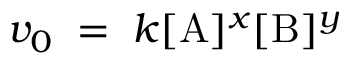
v _ { 0 } \; = \; k [ \mathrm { A } ] ^ { x } [ \mathrm { B } ] ^ { y }